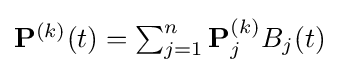
{\textstyle \mathbf {P} ^{(k)}(t)=\sum _{j=1}^{n}\mathbf {P} _{j}^{(k)}B_{j}(t)}